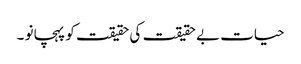
حیات بے حقیقت کی حقیقت کو پہچانو ۔